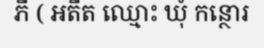
ភី ( អតីត ឈ្មោះ ឃុំ កន្ថោរ